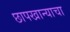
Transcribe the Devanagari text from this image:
छापखान्याचा